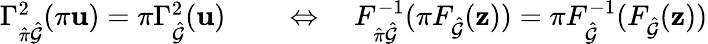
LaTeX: \begin{array}{rl}{\Gamma_{\hat{\pi}\hat{\mathcal{G}}}^{2}(\pi\mathbf{u})=\pi\Gamma_{\hat{\mathcal{G}}}^{2}(\mathbf{u})}&{{}\quad\Leftrightarrow\quad F_{\hat{\pi}\hat{\mathcal{G}}}^{-1}(\pi F_{\hat{\mathcal{G}}}(\mathbf{z}))=\pi F_{\hat{\mathcal{G}}}^{-1}(F_{\hat{\mathcal{G}}}(\mathbf{z}))}\end{array}